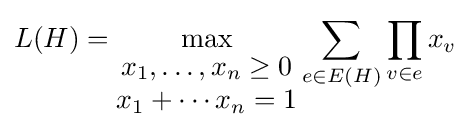
L(H)=\max _{\begin{matrix}x_{1},\ldots ,x_{n}\geq 0\\x_{1}+\cdots x_{n}=1\end{matrix}}\sum _{e\in E(H)}\prod _{v\in e}x_{v}